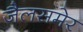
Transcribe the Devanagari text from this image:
जैलसमेर